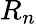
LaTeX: R_{n}